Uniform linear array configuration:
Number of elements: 8
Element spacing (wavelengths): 0.75
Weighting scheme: exponential
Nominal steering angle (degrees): -60
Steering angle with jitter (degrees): -59.617
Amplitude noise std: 0.05
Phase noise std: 0.05

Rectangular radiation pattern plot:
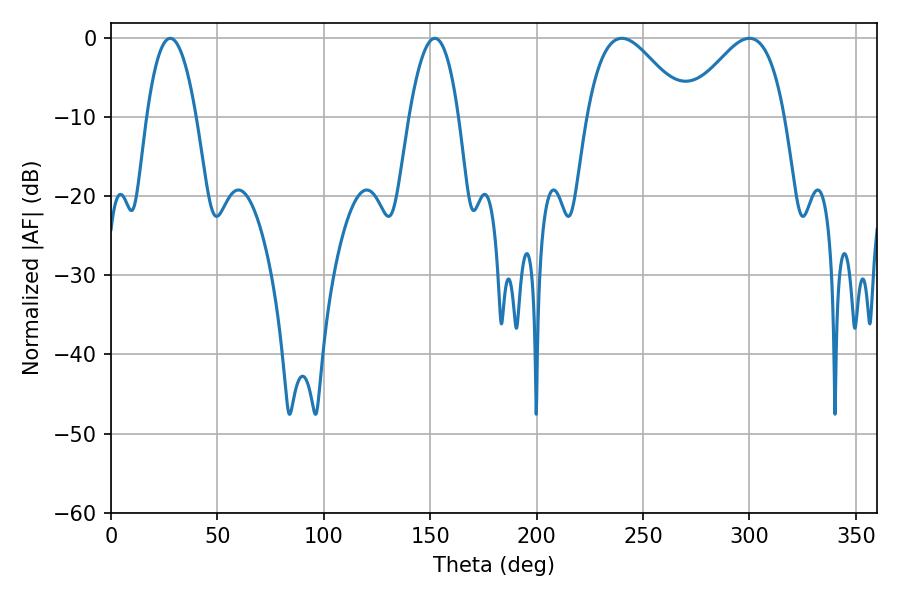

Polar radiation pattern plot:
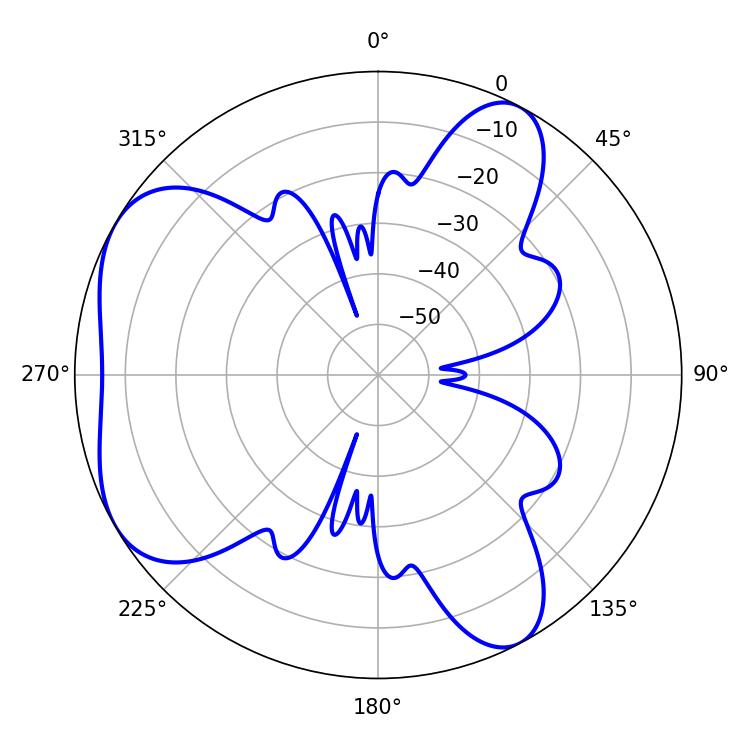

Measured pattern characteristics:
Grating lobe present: TRUE
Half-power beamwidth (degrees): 24.84
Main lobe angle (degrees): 240.12